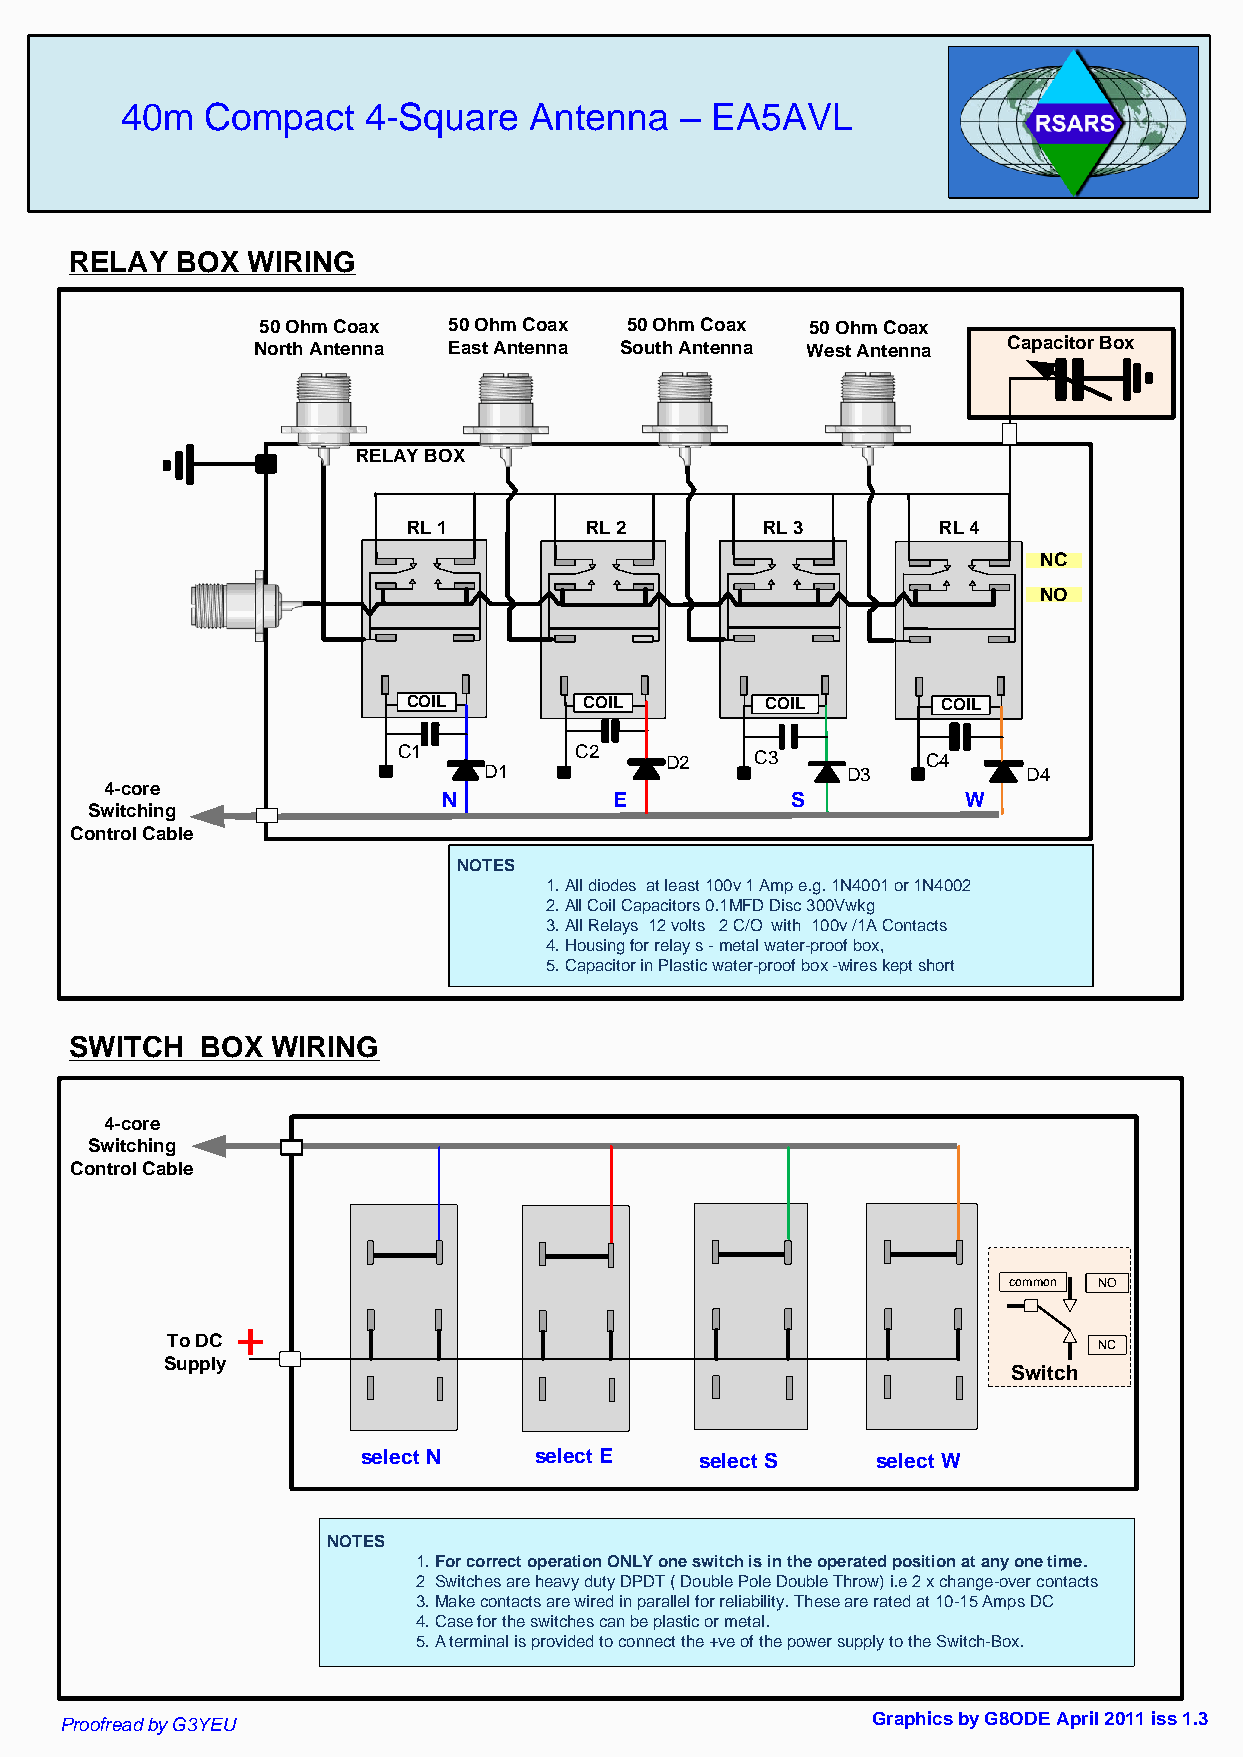
40m   Compact   4-Square   Antenna   – EA5AVL
 RELAY  BOX WIRING
 50 Ohm Coax  50 Ohm Coax 50 Ohm Coax 50 Ohm Coax
 North Antenna East Antenna South Antenna West Antenna Capacitor Box
 RELAY BOX
 RL 1        RL 2       RL 3        RL 4
 NC
 NO
 COI
 COLIL       COIL        COIL       COIL
 C1          C2    D2    C3         C4
 D1                      D3          D4
 4-core
 N           E          S           W
 Switching
 Control Cable
 NOTES
 1.All diodes at least 100v 1 Amp e.g. 1N4001 or 1N4002
 2.All Coil Capacitors 0.1MFD Disc 300Vwkg
 3.All Relays 12 volts 2 C/O with 100v /1A Contacts
 4.Housing for relay s - metal water-proof box,
 5.Capacitor in Plastic water-proof box -wires kept short
 SWITCH  BOX  WIRING
 4-core
 Switching
 Control Cable
 common NO
 +
 To DC
 NC
 Supply
 Switch
 select N   select E   select S    select W
 NOTES
 1.For correct operation ONLY one switch is in the operated position at any one time.
 2 Switches are heavy duty DPDT ( Double Pole Double Throw) i.e 2 x change-over contacts
 3.Make contacts are wired in parallel for reliability. These are rated at 10-15 Amps DC
 4.Case for the switches can be plastic or metal.
 5.A terminal is provided to connect the +ve of the power supply to the Switch-Box.
 Proofread by G3YEU                                    Graphics by G8ODE April 2011 iss 1.3